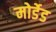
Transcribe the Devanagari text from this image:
मोर्डेड